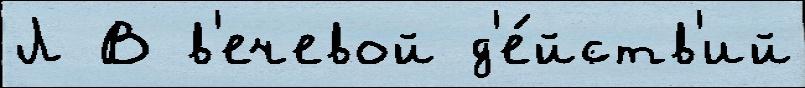
Л В в'ечевой д'е́йств'ий